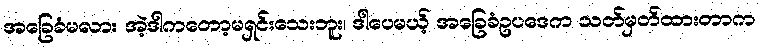
အခြေခံမလား အဲ့ဒါကတော့မရှင်းသေးဘူး၊ ဒါပေမယ့် အခြေခံဥပဒေက သတ်မှတ်ထားတာက